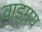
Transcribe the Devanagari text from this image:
वाड्रमय